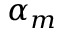
\alpha _ { m }